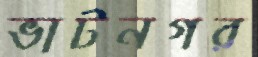
ভাটনগর